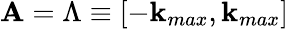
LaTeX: \mathbf{A}=\Lambda\equiv[-\mathbf{k}_{max},\mathbf{k}_{max}]